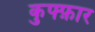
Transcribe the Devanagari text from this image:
कुफ्फ़ार